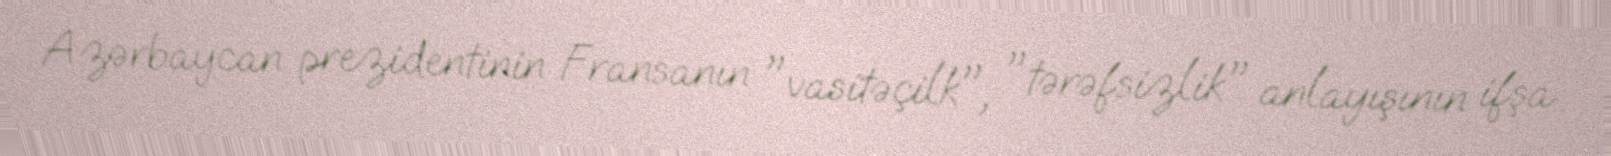
Azərbaycan prezidentinin Fransanın "vasitəçilk", "tərəfsizlik" anlayışının ifşa